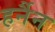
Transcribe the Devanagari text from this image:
हर्नैन